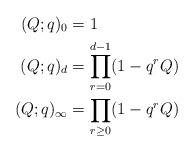
LaTeX: \begin{align*} (Q;q)_0 &= 1 \\ (Q;q)_d &= \prod_{r=0}^{d-1} (1-q^r Q) \\ (Q;q)_\infty &= \prod_{r \geq 0} (1-q^r Q) \end{align*}